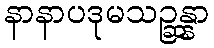
နာနာပဒုမသဉ္ဆန္နာ